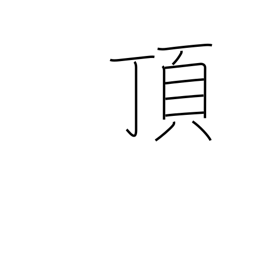
Meaning: receive